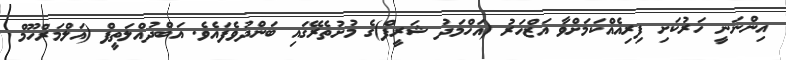
އިންނަނީ ހަރުކަށި ފިރިއެއްކަމަށްވާ އަޒްހަރު (އަހްމަދު ޝަރީފް)ގެ މުށުތެރޭގައި ބަންދުވެފައެވެ. އަބްދުއްލަތީފް (އަލްމަރްހޫމް